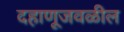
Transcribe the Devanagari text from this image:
दहाणूजवळील